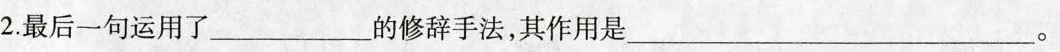
2.最后一句运用了___的修辞手法，其作用是___。